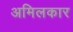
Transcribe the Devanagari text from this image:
अमिलकार